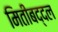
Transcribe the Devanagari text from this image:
मितीबद्दल